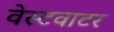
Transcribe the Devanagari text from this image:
वेस्टवाटर